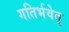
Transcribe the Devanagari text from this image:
गतिर्भवेत्